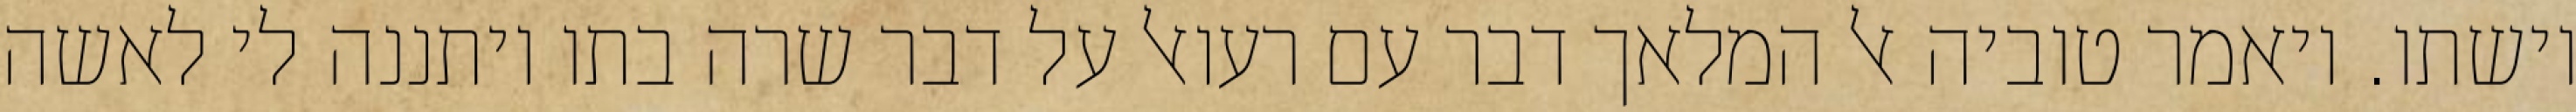
וישתו. ויאמר טוביה אל המלאך דבר עם רעואל על דבר שרה בתו ויתננה לי לאשה